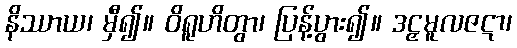
နိဿာယ၊ မှီ၍။ ဝိရူဟိတွာ၊ ပြန့်ပွား၍။ ဒဠှမူလဇဋာ၊